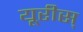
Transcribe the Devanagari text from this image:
यूरीस्